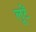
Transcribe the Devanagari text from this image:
लूटें